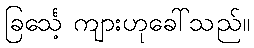
ခြင်္သေ့ ကျားဟုခေါ်သည်။